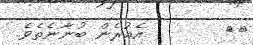
٢٦        އެއުރެން ބުނާނެތެވެ.